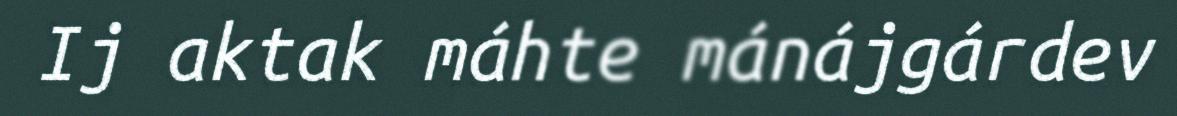
Ij aktak máhte mánájgárdev